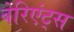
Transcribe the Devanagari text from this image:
वेरिएंट्स